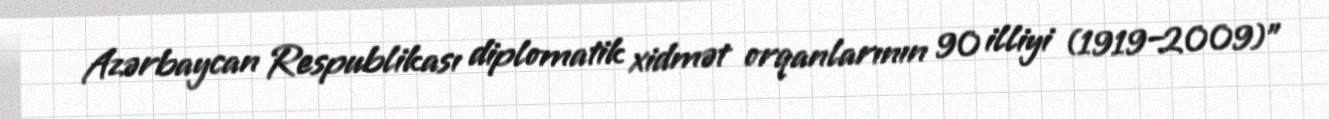
Azərbaycan Respublikası diplomatik xidmət orqanlarının 90 illiyi (1919–2009)"